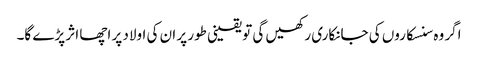
اگر وہ سنسکاروں کی جانکاری رکھیں گی تو یقینی طور پر ان کی اولاد پر اچھا اثر پڑے گا۔